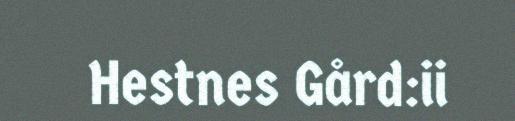
Hestnes Gård:ii